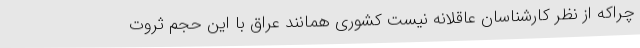
چراکه از نظر کارشناسان عاقلانه نیست کشوری همانند عراق با این حجم ثروت